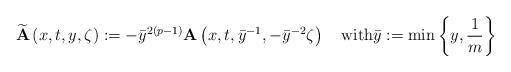
LaTeX: \begin{align*}\widetilde{\mathbf{A}}\left(x,t,y,\zeta\right):=-\bar{y}^{2(p-1)}\mathbf{A}\left(x,t,\bar{y}^{-1},-\bar{y}^{-2}\zeta\right) \quad{\textrm{with}}\bar{y}:=\min\left\{y,\frac{1}{m}\right\}\end{align*}